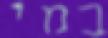
במי